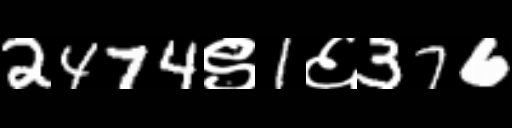
Text: 2474९1६376